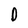
Character: O